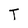
Character: T